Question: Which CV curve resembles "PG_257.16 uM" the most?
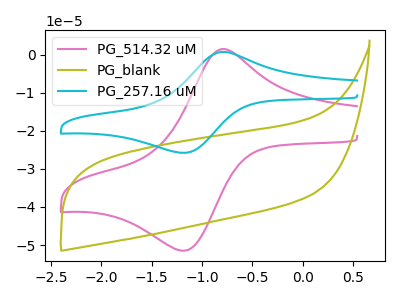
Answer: <think>The pink curve "PG_514.32 uM" has an anodic peak at (-0.80V, 1.45uA) and a cathodic peak at (-1.20V, -51.50uA). The olive curve "PG_blank" has no peaks. The cyan curve "PG_257.16 uM" has an anodic peak at (-0.80V, 0.75uA) and a cathodic peak at (-1.20V, -25.80uA).
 "PG_514.32 uM" and "PG_blank" have a different number of peaks. All the peaks in "PG_514.32 uM" have a peak in "PG_257.16 uM" at the same potential. Every peak in "PG_514.32 uM" is higher than every peak in "PG_257.16 uM". "PG_blank" and "PG_257.16 uM" have a different number of peaks.</think>
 <answer>The CV with the most similar shape to "PG_514.32 uM" is "PG_257.16 uM".</answer>
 <eval>"PG_257.16 uM"</eval>